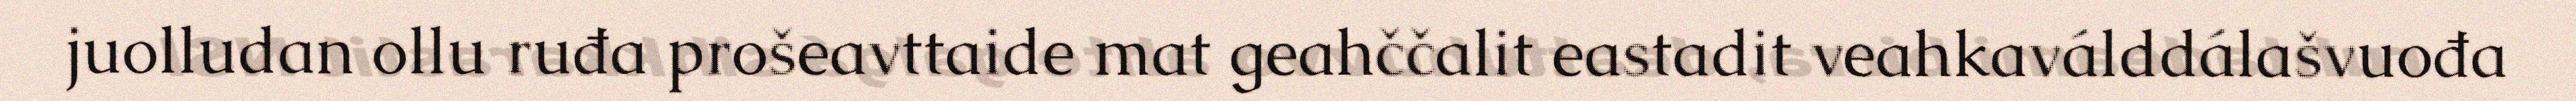
juolludan ollu ruđa prošeavttaide mat geahččalit eastadit veahkaválddálašvuođa